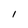
Character: 1